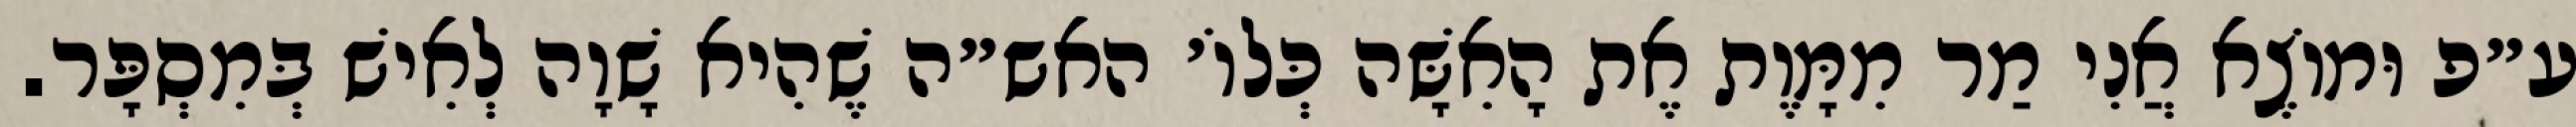
ע״פ וּמוֹצֶא אֲנִי מַר מִמָּוֶת אֶת הָאִשָּׁה כְּלוֹ׳ האש״ה שֶׁהִיא שָׁוָה לְאִישׁ בְּמִסְפָּר.